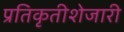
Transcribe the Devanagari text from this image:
प्रतिकृतीशेजारी